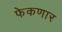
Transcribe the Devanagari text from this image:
फेकणार